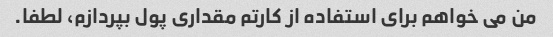
من می خواهم برای استفاده از کارتم مقداری پول بپردازم، لطفا.